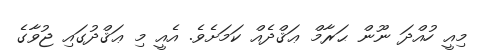
މިއީ ހުއްދަ ނޫން ޙަރާމް ޢަޤްދެއް ކަމަށެވެ. އެއީ މި ޢަޤްދުގައި ޖުވާގެ